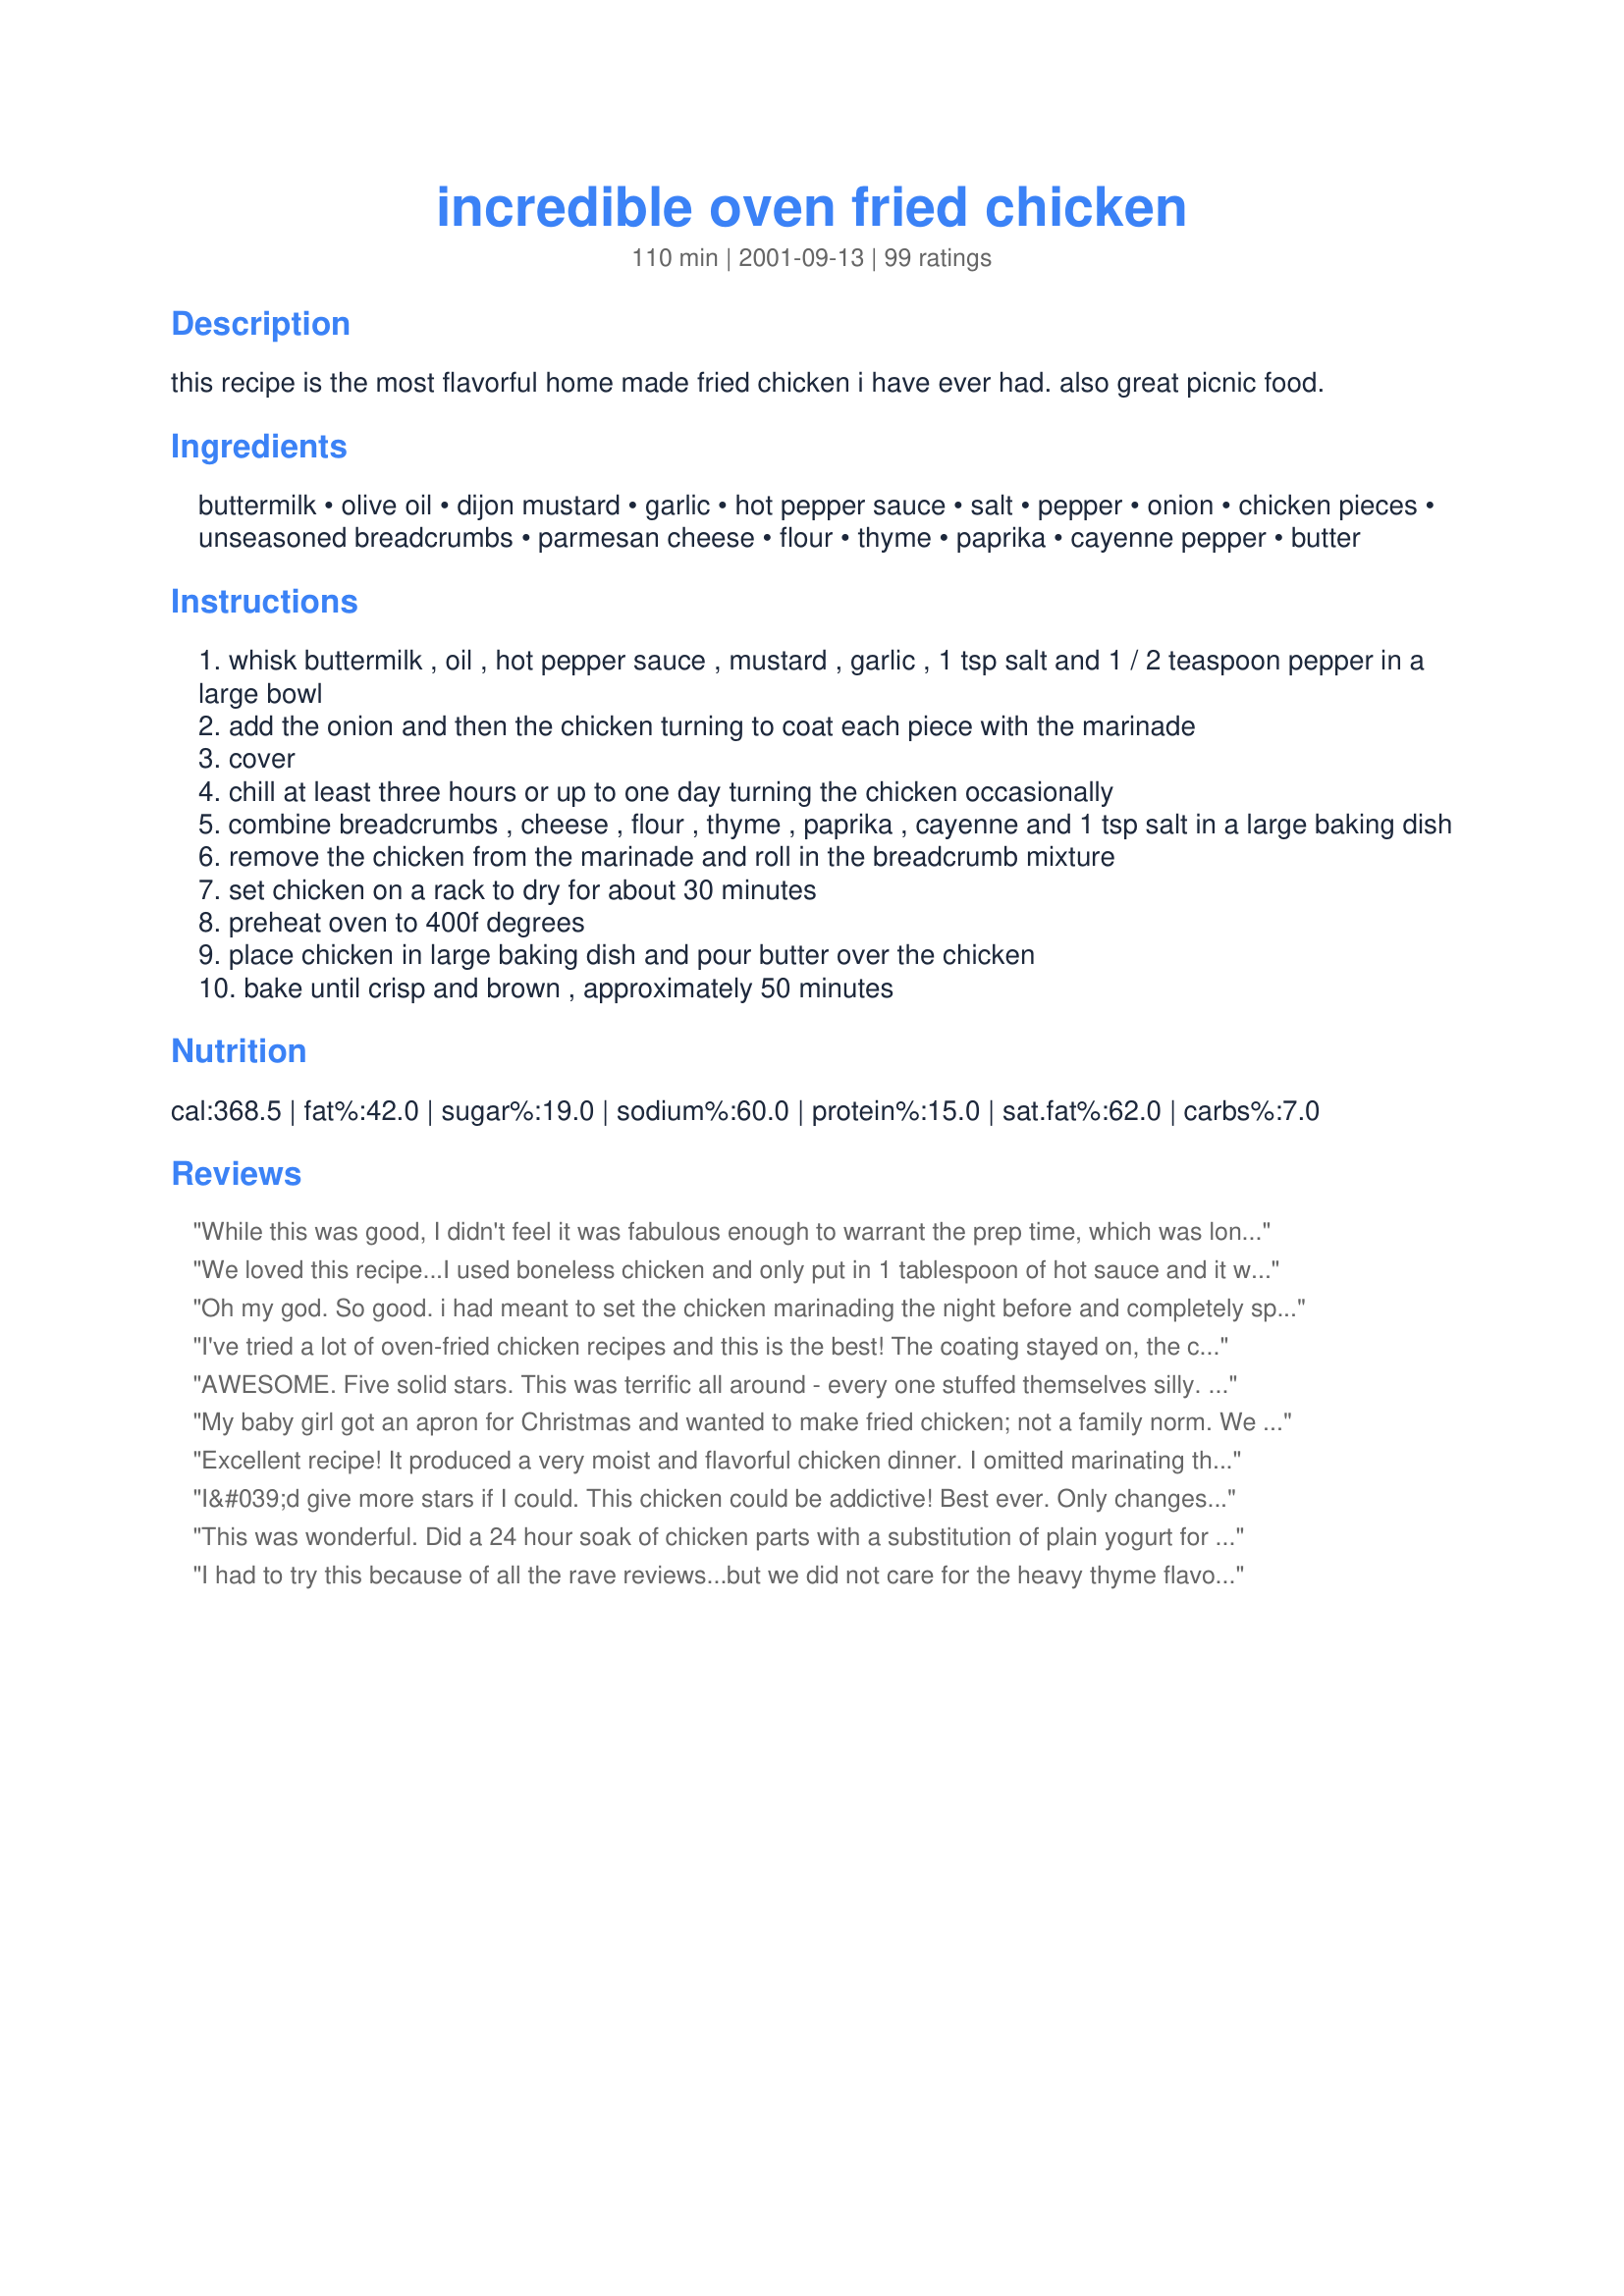
incredible oven fried chicken
Preparation time: 110 minutes

this recipe is the most flavorful home made fried chicken i have ever had. also great picnic food.

Ingredients:
buttermilk, olive oil, dijon mustard, garlic, hot pepper sauce, salt, pepper, onion, chicken pieces, unseasoned breadcrumbs, parmesan cheese, flour, thyme, paprika, cayenne pepper, butter

Steps:
whisk buttermilk , oil , hot pepper sauce , mustard , garlic , 1 tsp salt and 1 / 2 teaspoon pepper in a large bowl
add the onion and then the chicken turning to coat each piece with the marinade
cover
chill at least three hours or up to one day turning the chicken occasionally
combine breadcrumbs , cheese , flour , thyme , paprika , cayenne and 1 tsp salt in a large baking dish
remove the chicken from the marinade and roll in the breadcrumb mixture
set chicken on a rack to dry for about 30 minutes
preheat oven to 400f degrees
place chicken in large baking dish and pour butter over the chicken
bake until crisp and brown , approximately 50 minutes

Reviews:
While this was good, I didn't feel it was fabulous enough to warrant the prep time, which was longer than 30 minutes. It was a lot of work for my family to say it was just okay. I wish had more success because the reveiws were so great, but I guess this recipe isn't for us.
We loved this recipe...I used boneless chicken and only put in 1 tablespoon of hot sauce and it was plenty spicy for us...the chicken was nice and moist...
Oh my god. So good. i had meant to set the chicken marinading the night before and completely spaced it off so I ended up only marinading for about an hour and a half. But it was still some of the best chicken i've ever made. Thank you!
I've tried a lot of oven-fried chicken recipes and this is the best! The coating stayed on, the chicken was moist and tasty, and my family was raving like lunatics.
I used boneless chicken, and it worked great. Thanks for making me look good!
AWESOME. Five solid stars. This was terrific all around - every one stuffed themselves silly. My mom made this for my whole family and a guest tonight. Only changes she made were leaving out the onions and substituting panko for the breadcrumbs. Baked up in 35 minutes on convection at 400. Highly recommend this one! Thanks!
My baby girl got an apron for Christmas and wanted to make fried chicken; not a family norm. We found this and it fit our needs. This is sooo good!! I recommend to all and it was so easy, my 6 six year old did it all. Thanks.
Excellent recipe! It produced a very moist and flavorful chicken dinner.

I omitted marinating the chicken in the batter and also drying time once it was breaded and it still turned out beautifully. 

I am gluten-free and used cornmeal in place of bread crumbs and 1/2 C of masa harina flour in place of regular flour.

Once the chicken was breaded I gently spooned butter over the tops of the chicken breasts. The key is to do it slowly so the butter sets the breading but does not cause it to run off. Make sure and butter the entire tops of the chicken pieces so they crisp.

Thanks Minxkat1!
I&#039;d give more stars if I could. This chicken could be addictive! Best ever. Only changes I made was onion powder instead of onion slices and used Panko breadcrumbs. 24 hour marinade turning once. Thanks for posting Minx.
This was wonderful. Did a 24 hour soak of chicken parts with a substitution of plain yogurt for the buttermilk. I baked some with breading, some without. (Added a little season salt to the breading). All turned out great. I think I will skip the breading in the future (or maybe just sprinkle the pieces with parm and seasonings) in the future as DH is low carb.
I had to try this because of all the rave reviews...but we did not care for the heavy thyme flavor. If I make it again, I'll use half or even less. We love hot sauce but I feared 3 TABLESPOONS would set our mouths on fire [I buy Sriracha Hot Chili Sauce & a little of that goes a long, long way!]. So I substituted 3 Tblsps hot wing sauce. That was the only substitution. Also, I had to make 2 batches of the bread coating to coat the 8 chicken breasts I used, but I think that is because I cut the breasts in half. I didn't know what I was supposed to do with the onions, so I drained off the marinade & sauted
them [we loved them!]
this was awesome... i've got other "oven fried" recipes... but this one beats them all.
Fantastic! My entire family RAVED about this chicken! I made minor substitutions due to my pantry stock and it was YUMMY! My youngest and greatest critic thought is was "the best chicken, and soft!" A definite keeper - thank you for sharing!
Wow, I love oven baked fried chicken and this is one of the best ones I have tried to date. Thank you so much for sharing this treasure with all of us. A big thank you to my friend NWG for recommending this lovely recipe. The chicken was amazing, quick and easy to make, flavorful, tender and so delicious, perfectly cooked and devoured quickly. Wish I would have made more. Made for Best of 2014 Tag Game. Kudos to you for making it into my Best of 2015 Cookbook.
I made this for supper tonight &amp; OMG it was SOOOOOOO GOOD!!! I used Panko breadcrumbs because that's what I had in the cupboard. Will most definitely be making this again......THANKS for sharing!!!
Good, tasty chicken. WOnderful flavor, and if I could give it 10 stars I would. Chef #692631, Not a nice comment. We are here for good recipes. If it isn't something that you like, then fine, it wasn't your recipe. It didn't say "healthy" oven fried chicken. This is not weight watchers, and this person isn't your dietician.
Great Flavor and textures, didn't have buttermilk, used a couple of eggs instead and it still turned out great, Thank you for shaing!
This is definitely "Incredible" chicken, could not be any better....need I say "I'll be making again"....YUMMY!!
This is really good! I had 6 drumsticks, 5 bone in thighs and two bone in breasts. I doubled the marinade except for the hot sauce. I also used powdered onion and garlic. Also had to use milk and vinegar as I was out of buttermilk. I left out the cayenne in the coating. I needed two 9x13 pans to hold it all. Will definitely use the recipe over and over.
I wish i could give this recipe 10 stars- it was really that good!! I ran into a few faults which were of my own and not of the recipe that I know how to fix. After it came out of the oven and before i could even pack it to go take to a dinner party, 4 pieces had already vanished. It was a beautiful golden brown in color, crunch on the outside, incredibly tender and juicy on the inside and very flavorful. Whenever I try bake chicken recipes I'm always a little worried the chicken will be too dry, but this was not the case here! I put it to marinade overnight, popped it in the oven and forgot about it for exactly 50 mins. Everyone at dinner loved it and split the leftovers to take home for the next day. Since your recipe has now raised the bar of expectations on my cooking, I can't show up with mediocre dishes to dinner anymore. This chicken really is incredible and fabulous!
The chicken turned out so moist and flavorful! It was an instant hit with my family and neighbors. I agree with using the olive oil instead of the butter (but only because we're trying to be more healthy). Only problem I had was my kitchen got a little cloudy from baking the chicken without it being covered.
This was very good. The mix of flavors was unique and tasty. I soaked it overnight, and made a few changes. I had to use seasoned breadcrumbs made from some croutons that I had on hand. I also used cooking spray instead of butter, and added more cayenne (we like it spicy). My husband and son really loved it. We will have this again.
This was super easy to make. It took about 15 extra min in my oven. My inlaws were in town and everyone enjoyed this chicken. I fixed mashed sweet potatoes and roasted asparagus with it.
There are no words to describe how fantastic this recipe is! I love cooking and have tried countless recipes for oven fried chicken. This tops them all!
GREAT chicken thank you. I cut up a small chicken into eight and made half the marinade, but all the crumbs (used panko and I think there are less of them to a cup) Anyhow only tossed the last little bit of the crumb mix. This cooked up juicy and tasty in about 35 minutes (it was a small chicken!) I cooked the pieces on a cake cooling rack over the baking tray and that worked well as the heat got right around.
Great oven-fried chicken recipe. The chicken coating was nice and crispy and very flavorful. I will tuck this recipe away to make again. Thank you! Made for Cookbook Tag in the Games Forum.
This turned out so good. The skin got nice and crisp and the cheese in the breading gave it so much flavor. Thank you for sharing.
Have to say this was DELICIOUS!!! Such depth of flavor! It was perfectly seasoned & just salty enough without being over the top. I've already got another bag-o-chicken marinating in the fridge... It was THAT good!
I've been making this for a couple years & it is my husband's favourite chicken recipe by far. It is very tasty & I don't use any pepper sauce & cut out half of the hot spices. If he only knew!
Boy did we ever have a great meal last night! I made everything as is, just cutting the recipe in 1/2 for 4 boneless, skinless breasts. It was the perfect amount of topping. I used a meat thermometer since I knew my cooking time would be shorter. This recipe is a keeper and the one I'll turn to when I'm craving fried chicken. Thanks for sharing.
If i could rate this higher I would do it. It is a great thing to have made up the night before. great for picnics like she said or if you are going camping i would make some to take already for cooking when you get there> have made it 3 times now the first was on company & i could see the juices run out it was sooo tender. will be making this again next week for sure thanks for posting it.
This is now our favorite "fried" chicken recipe. We've made it many times, with different types of chicken. Each time, the chicken is so moist and flavorful. The recipe is easy to prepare. Depending on the type of chicken on hand, we may use a large ziploc bag for marinating.
This was great! I used boneless, skinless chicken breast, pounded flat. Thanks for sharing!
Took me longer than 30 minutes to prepare but I'm not complaining. This was fantastic. Thanks, it's a keeper!
Wow - this is the best fried -unfried chicken I've ever had. Tastes just like my Grandma from WV used to make. And, I'm with dresselkitchen - Chef #692631 - nobody said you had to make it or eat it. Keep your problems to yourself. There's no need to hurt people's feelings because you don't like something. Thanks again, Minskat 1 for a great, memory-reliving recipe!
This recipe is a big hit in our house. I used boneless, skinless chicken thighs. Also made the buttermilk from a powder as it easier to keep in house. I have now made this 4x's & marinade the chicken overnight. I have been adding fresh herbs from my garden to the crumbs. I do not use the butter & it has not been missed. This is a keeper! Thank you Minxkit.
Our family is made up of both vegetarians and meat eaters. For the meat eaters I made this using 2 Tablespoons of fresh Thyme instead of 2 teaspoons dried and boneless skinless breasts for the chicken. Other than that, I followed the directions but did have to bake just a couple of minutes longer. For the vegetarians, I made the marinade and crumb mixture the same. I used Quorn cutlets, still frozen, dipped them in the marinade and then into the crumb mixture. No need to let them dry like the chicken, just drizzle with the butter and pop them in the oven until golden brown. Even though they were frozen, they were done 5-10 minutes before the pan of chicken. Please note, it is very important that you use the Quorn still frozen. If you let it defrost before using, it will dry out in the oven, and if you let it soak in the marinade all you will have left is mush.) Both the vegetarian and regular versions got five stars from the entire family!! That is rare indeed! We will absolutely be making this one again!
Great recipe! Cut the cicken into 10 instead of 8.
Just replaced half the drizzle butter with olive oil.
Just make sure the bread crumbs and parmesan don't come out of green cans!
This is fantastic! I made too much of Recipe #132916, so I tried that in place of the marinade. I cut all of the spices and salt down by half except the cayenne, which I used 1/8 tsp. of; hoping to appeal to my children's tender tastebuds. I burnt the bread, trying to make homemade breadcrumbs, so I used 1 cup of crumbled Saltine crackers. It worked great! I also used 1/4 cup olive oil with 1/4 cup Smart Balance margarine. This was the best oven fried chicken I've ever had. Thanks!
I seriously thought I rated this recipe already, but guess I didn't. I LOVE this chicken, it was sooo flavorful and sooo crisy. I crave this chicken. I used boneless, skinless breasts, panko crumbs and green onion since that's all I had on hand. And let me tell you, this turned out FAB!!! Thank you Minx, this a for sure repeat!!!
I would have given it 5 stars, but had to write the author to clarify how much a "chicken piece was(5 ozs),otherwise it was delicious-am I picky,yes when I cook :-)
Looks and sound delicious. Will be making it for the memorial weekend..
This made great oven fried chicken...packed with flavor! Great recipe...just make sure you take the time to let the chicken set in the buttermilk.
Tastes great right out of t he oven, and even better the next day. I cut chicken breasts into thick strips, and marinated for 2 hours. They took exactly 18 mins at 375 F to bake. These are the best for a quick on the go lunch the day after
I make a similar recipe, but use NO oil to soak the chicken. Instead, I use spray oil just before putting it in the oven. Seems healthier to me.
Just "alright" for me. Husband loved it!
This was wonderful! A nice healthy alternative to frying! Will definitely make this again!
The taste was Incredible just as the name indicates! I didn't have breadcrumbs so I used a combination of crushed corn flakes and croutons. I've made many oven fried chicken recipes over the years but I believe I've found THE one. It was very moist and tasty. Thanks!
Wow! My sad story---I got the chicken, followed the recipe to a T and then the door to my oven fell off. Yup, fell off. I had the chicken and a pie to bake that night. Well, I left the chicken marinated for a full day and a half while I brooded and whined about my oven. I am not getting a new oven in time to make the chicken, so *think fast* - I'll just grill it! Yup, I did. Heated up the ol' BBQ and grilled the marinated chicken. It was GREAT! I just took it out of the marinade and had a great, flavorful chicken dinner which the kids loved. I am positive I shaved a hundred calories off per piece too. Will definitely do this again. Was also thinking of pan frying this using the coating as presented.
I only did two chicken breasts cut into four strips each. Good flavor but something was bitter. Not sure if it was paprika or cayenne. Will have to get new spices and try again. I left the chicken on the rack and put it onto a jelly roll pan and baked the strips that way. Served with twice baked potatoes (Recipe #79595) and KFC coleslaw (Recipe #33489).
Was going to make fried chicken tonight, but had to run a last minute errand so I tried this recipe. It was great! I used powdered onion and powdered garlic. I used Tabasco sauce. Set the oven timer and when I came back it was done perfectly. Crunchy outside, moist inside even the breasts and this was a BIG chicken. Very good flavor. Will definitely make again.
This recipe is great. I used chicken breast tenders and only had time to let the chicken marinate for about 30 minutes. The flavor was great. I did have some trouble with the bottom of the chicken getting soggy, so I turned the oven up to 425 and popped the chicken back in for about 15 mins. Next time I make this I would put the chicken on a rack to keep the bottom crispy. Great Recipe!! Thanks Minxkat1!
Wow! I've never made chicken this moist until I tried this recipe! Even my kids were commenting on how juicy the chicken was and how easily they could cut it. Great flavor too! Thanks for posting.
This recipe is excellent and I took major shortcuts! I only let the chicken sit in the marinade for 10 minutes and did not let it dry. I bet the result is incredible if all the directions are followed!
Excellent!
This was positively delicious and we all loved it, Minxkat1. The entire roster of ingredients meshed well together, but I think the Dijon added quite a lovely tone that would have been missed if I omitted that ingredient. This will be made often in my house. Made for the Best of 2013 tag game.
I thought this chicken was nice and moist, but it wasn't crispy for me. The bottoms were all soggy. I don't know if I did something wrong or what so I won't rate it. I followed the recipe as is except I used chicken tenders. I was so hoping for a crunchy, fried-chicken.
Best oven fried chicken I have tasted
this is the absolute BEST oven chicken I've ever had! I actually didn't use the breadcrumbs or flour, I crushed townhouse crackers and used the parmesean cheese. I also didn't use the butter at the end, I sprayed with cooking spray and baked as directed.
The recipe looks tasty, BUT look at the fat, the saturated fat, the carbs, AND the sodium in this one. For some of us, this recipe is deadly. Is it possible to use cooking spray on the meat as opposed to oil, a sprinkling of salt as opposed to 2 teaspoons, less breading? What about all that butter? This is not a healthy recipe even with the greatest stretch of the imagination. It needs a re-do.
Really good. No leftovers!
When I fixed this my family went crazy over it!!
Thanks for recipe.
Really good oven fried chicken recipe. The little bit of heat makes my hubby like it better and kids can still eat. The butter step is absolutely not necessary, very good without and obviously more healthy.
I made this last night and it was awesome!! I had never soaked my chicken before and I think that made a huge difference -- it came out crispy and juicy and my kids loved it. I did use the canned bread but it was still incredible!
It was WOW WOW&#039;s all round between the flavour of the marinade imparted to the chicken and the crumb mix (I used panko crumbs and finely grated cheddar cheese instead of parmesan) other wise made as per recipe baking at 175C fan forced for 45 minutes for one of the best oven fried chickens we have had. I used bone in thighs and drumsticks. Thank you Minxkat1, made for Name that Ingredient tag game.
Fantastic recipe, and low in the fat and other "bad" categories when compared to traditional methods of preparing fried chicken. Absolutely delicious. I added a touch more hot sauce and fresh parmesan reggiano, and the end results were fabulous.

"Doc"
Wowzer! A bite reminded me of spicy Popeye&#039;s chicken, a bite reminded DH of spicy Chick-a-Fil-a Spicy chicken breast. This was wonderful, no build-up of spice, so pure enjoyment. Now we get to choose between excellent mild chicken and this excellent somewhat-spicy chicken! (I have to buy larger bottles of hot sauce now!) Served with Recipe#427395 #427395. Into my Best of 2014 and A1 Regular Rotation cookbooks! Made for Best of 2013, based on I&#039;mPat&#039;s recommendation.
hmmm .... great!
Method= Good
Taste = not so good
The bread crumb coating was lacking in the great taste I was waiting for. I guess I was hoping for a "southern" fried chicken taste.
Still looking..
I can see why this made it into someone&#039;s best of the year cookbook. It was delicious, flavorful and satisfying. I made some changes, mostly based on the other reviews: halved the butter and cayenne, quartered the oil and thyme, only sprinkled the salt on at the end and used the rack I was drying on over a pan to bake the chicken in the oven. It was crisp and brown and perfectly cooked at 50 minutes, with no mushy parts. The inside was tender and the flavors were nicely balanced, with a good bit of peppery-ness.
Divine!! So yummy and my husband enthusiastically agrees. Used huge chicken breasts that I cut into "tenders".
I followed the recipe and this was very good chicken. I used boneless skinless chicken breasts and baked to 180 degrees. It wasn't very spicy and I'm going to leave the thyme out the next time I make this.
Grwat recipe! I really wanted fried chicken but a healthier alternative and these were just delicious and fun to make :) Thanks
We enjoyed this recipe, but did find it a bit too spicy, and I had reduced the amount of cayenne that the recipe called for. I would not make the dish very often because it was time consuming, but I do think it tastes great!
Good flavor - just was hoping for a bit more crispness, although could be because I had to hurry the recipe a bit - skipping the drying. Used boneless / skinless breasts. Definitely will make again.
This is delicious! I only used 6 pieces of chicken and cut back a little on the hot sauce and butter, we really enjoyed it, thanks for posting. =)
Great recipe! I used chicken breast tenders & they were great. Shortened cooking time to 30-35 min & only needed 1/4c butter to cover the tenders. Makes pretty good chicken sandwiches the next day too. My husband rarely eats leftovers, but he LOVES these. He actually asked me to double the batch so he could have more leftovers next time.
The chicken came out very moist and tender. The fam liked it. I soak, clean, and season big batches of chicken and freeze in 12-15 piece batches. I used a bag that was pre-seasoned so the flavor of the chicken was good. The only problem I had was the breading became soggy while baking. So broiled for a few minutes each side at the end. The thyme was a little strong so will cut back next time and add more hot sauce. Otherwise it was good.
WOW! Just adding to the rave reviews. I made this last night and my son and I loved it! I had the boneless/skinless chicken soak all day while I was at work and only used 1 Tbsp of Tobasco sauce and didn't use the onion. I used panko breadcrumbs and less than 1/4 cup butter. Mine still took about 50 minutes. I'll definitely be making again in the very near future - Thanks!!
My entire family loves this recipe. Everyone who tries this always wants the recipe. This has become a "keeper" in our family.I use boneless/skinless chicken breasts instead.
Just delicious! I made only 4 big bone-in thighs and cut down the ingredients. I sliced the onion into 3 thick slices and soaked it with the chicken and then rolled it in the breading and baked it along with the chicken. Kind of like onion rings...so good.
This was the best oven fried chicken we have ever had, used 4 split chicken breasts,so melt in your mouth moist and juicy, will make it again 'n again 'n again
This chicken earned rave reviews from everyone in the household! We marinated chicken breasts for about 6 hours (without the onions... how is it possible that I was out of onions?) and after baking the chicken was so moist and tender it practically melted in our mouths. This is definitely going to be on our menu regularly!
this is the second time |I have made this. Wonderful results both times. The first time I made it it was for a &quot;chicken party&quot; and I was serving 40...it was a big hit! This time a made it for a picnic of 12...Thank you!!!!!
I have been looking for a good fried chicken recipe and with my ever hungry nephew coming for the weekend, i made this one. Needless to say he not only ate all the chicken but made sure there were no crumbs either. Have a lot of difficulty though in getting hot sauce in Australia so Tabasco was my only option and as i don't know wether this is on a par with your other types, didn't add quite as much as the recipe called for.
This is a wonderful easy to make recipe. I made some gravy out of the yum yum drippings in the bottom of the dish to put on the mashed potatoes. Other than that I followed the recipe and it was wonderful. Thanks for a great dish!
Aptly named....Incredible for sure. Absolutely loved the bite. Very moist too. Used panko for the breading. I'd never used it before, and quite liked it. I also baked on a cooling rack, but sprayed the pieces with spray Becel. It wasn't as crispy as I had expected, maybe because of the spray...not sure. In any case, this is fantastic. I'll be making this again. Oh...looking forward to leftovers tomorrow. ;)
This was very tasty but way too salty for me and my family. Next time I will decrease the salt...
Definately 5 stars!! Thank you so much for the great recipe, I have already made it 3 times and love it cold the next day. This is one of my top 5. No KFC for us.
This was a wonderful meal! My family couldn't get enough. Served with homemade mashed potatoes, gravy, and corn, YUM! The chicken does have a slight kick to it. So if you don't like a little spice, you may want to cut back on the hot sauce, or cayenne pepper. We will definitely be having this again!
This was the best oven fried chicken we've ever had!
In one word, wonderful!
What a great chicken recipe! Everyone here went nuts when they bit into it, it was so tasty! My DS ate 3 pieces of chicken! DH says I can make this for him again tomorrow :) I guess you could say it's a winning recipe in my house to be made again shortly! Thank you for sharing it Minxkat!
Pretty good. Just pretty good. We enjoyed it. Pretty good.
Outstanding recipe! I trimed some calories by using low fat buttermilk and homemade whole wheat breadcrumbs, without too much loss of flavor.
Delicous baked chicken. I brought this to work and my co-workers loved it and wanted the recipe.
Made this for dinner the other night when I didn't feel like frying chicken the old fashioned way. It was fantastic! Husband, who doesn't care much for oven baked chicken, loved it! I made extra for leftovers and they were gone in no time! I didn't thoroughly read the recipe before starting and didn't soak the chicken for as much time as recipe says ( I soaked it for about 2 hours) and it still had a wonderful flavor! I also used Italian breadcrumbs with this since I was out of the unseasoned. It turned out great. I'll be making this recipe again!!
100 stars! Oh my gosh! Minxkat1 I am so happy you posted this recipe! I have been looking for this recipe for so long! My dear departed Aunt Betty used to make this dish for me all the time when I was a kid and I would always be waiting anxiously while it baked for dinner to be served! The aroma of this chicken baking is indescribably wonderful! And it is even more delicious to eat! I was just a kid when she first introduced this dish to me and I never forgot it. She gave me a special recipe card for it but . . . sadly it was lost & found & lost again forever. I could not remember all the ingredients and mistakenly looked for a recipe with keywords "Crispy Baked Parmesan Chicken" and never found it anywhere. Then today I saw the word Dijon in another recipe and BINGO! A light went on! So then when I used that as a key word another recipe came up & while it was close I was not satisfied. I kept looking and . . . viola! your recipe here came up!!!!!! And it is EXACTLY my Aunt Betty's recipe to the T! THANK YOU THANK YOU THANK YOU!!!! ;-) Hurray!!!
Have used recipezaar often & this is the first time I have ever submitted a comment. This recipe was awesome!!! Served it for my son's birthday & everybody LOVED it. Very moist & great taste. Will definetly make this again. Loved it!
Great dish. What a diff the fridge soak to keep chicken moist! 
I did decrease hot sauce to 2 T as I did not want it too spicy. The 2 T was perfect for us. Also I used tenderloins and baked approx 30 mnutes. I will space it better next time, this time it was crowded. Will add to favorites in my cookbook!
